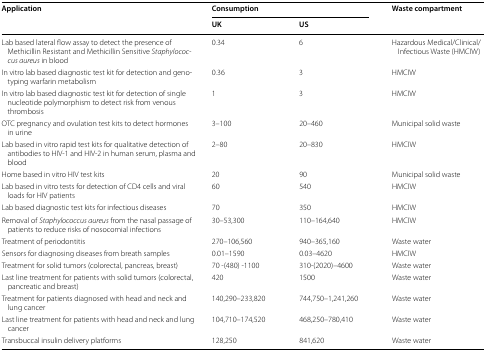
<table><thead><tr><td rowspan="2"><b>Application</b></td><td colspan="2"><b>Consumption</b></td><td rowspan="2"><b>Waste compartment</b></td></tr><tr><td><b>UK</b></td><td><b>US</b></td></tr></thead><tbody><tr><td>Lab based lateral flow assay to detect the presence of Methicillin Resistant and Methicillin Sensitive <i>Staphylococcus aureus</i> in blood</td><td>0.34</td><td>6</td><td>Hazardous Medical/Clinical/Infectious Waste (HMCIW)</td></tr><tr><td>In vitro lab based diagnostic test kit for detection and genotyping warfarin metabolism</td><td>0.36</td><td>3</td><td>HMCIW</td></tr><tr><td>In vitro lab based diagnostic test kit for detection of single nucleotide polymorphism to detect risk from venous thrombosis</td><td>1</td><td>3</td><td>HMCIW</td></tr><tr><td>OTC pregnancy and ovulation test kits to detect hormones in urine</td><td>3–100</td><td>20–460</td><td>Municipal solid waste</td></tr><tr><td>Lab based in vitro rapid test kits for qualitative detection of antibodies to HIV-1 and HIV-2 in human serum, plasma and blood</td><td>2–80</td><td>20–830</td><td>HMCIW</td></tr><tr><td>Home based in vitro HIV test kits</td><td>20</td><td>90</td><td>Municipal solid waste</td></tr><tr><td>Lab based in vitro tests for detection of CD4 cells and viral loads for HIV patients</td><td>60</td><td>540</td><td>HMCIW</td></tr><tr><td>Lab based diagnostic test kits for infectious diseases</td><td>70</td><td>350</td><td>HMCIW</td></tr><tr><td>Removal of <i>Staphylococcus aureus</i> from the nasal passage of patients to reduce risks of nosocomial infections</td><td>30–53,300</td><td>110–164,640</td><td>HMCIW</td></tr><tr><td>Treatment of periodontitis</td><td>270–106,560</td><td>940–365,160</td><td>Waste water</td></tr><tr><td>Sensors for diagnosing diseases from breath samples</td><td>0.01–1590</td><td>0.03–4620</td><td>HMCIW</td></tr><tr><td>Treatment for solid tumors (colorectal, pancreas, breast)</td><td>70 -(480) -1100</td><td>310-(2020)–4600</td><td>Waste water</td></tr><tr><td>Last line treatment for patients with solid tumors (colorectal, pancreatic and breast)</td><td>420</td><td>1500</td><td>Waste water</td></tr><tr><td>Treatment for patients diagnosed with head and neck and lung cancer</td><td>140,290–233,820</td><td>744,750–1,241,260</td><td>Waste water</td></tr><tr><td>Last line treatment for patients with head and neck and lung cancer</td><td>104,710–174,520</td><td>468,250–780,410</td><td>Waste water</td></tr><tr><td>Transbuccal insulin delivery platforms</td><td>128,250</td><td>841,620</td><td>Waste water</td></tr></tbody></table>